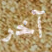
آخر